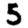
Digit: 5